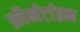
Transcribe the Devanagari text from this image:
फ़ौर्मर्टाइन